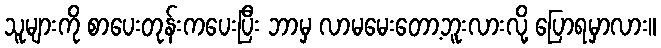
သူများကို စာပေးတုန်းကပေးပြီး ဘာမှ လာမမေးတော့ဘူးလားလို့ ပြောရမှာလား။